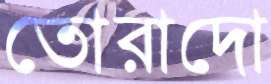
তোরাদো